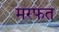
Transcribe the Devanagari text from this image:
मरफत